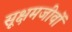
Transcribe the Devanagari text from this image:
सूक्षमजीवों